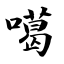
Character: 噶